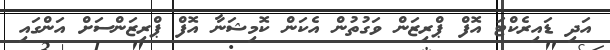
އަދި ޑައިރެކްޓަ އޮފް ޕްރިޒަން ވަގުތުން އެކަން ކޮމިޝަނާ އޮފް ޕްރިޒަންސަށް އަންގައި